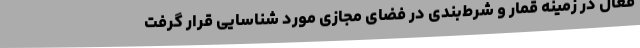
فعال در زمینه قمار و شرط‌بندی در فضای مجازی مورد شناسایی قرار گرفت